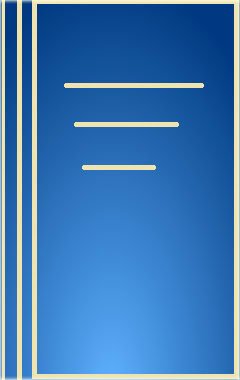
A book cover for Glucuronidation Of Drugs & Other Compounds; Geoffrey Dutton; Medical Books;